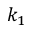
k _ { 1 }